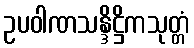
ဥပဝါဏသန္ဒိဋ္ဌိကသုတ္တံ